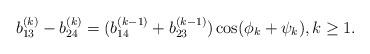
LaTeX: \begin{align*}b_{13}^{(k)}-b_{24}^{(k)} = (b_{14}^{(k-1)}+b_{23}^{(k-1)})\cos(\phi_{k}+\psi_{k}), k\geq1.\end{align*}